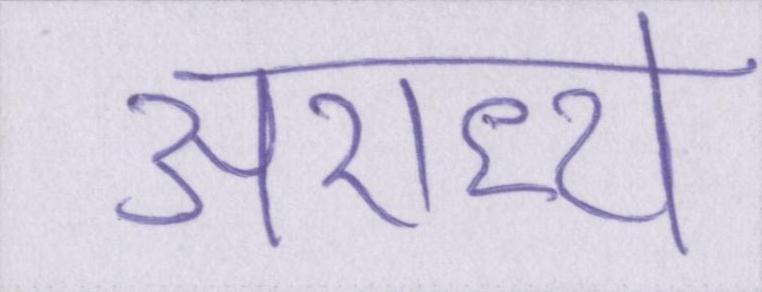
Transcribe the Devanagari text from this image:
अराध्य